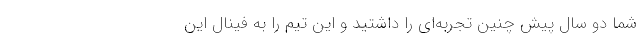
شما دو سال پیش چنین تجربه‌ای را داشتید و این تیم را به فینال این